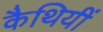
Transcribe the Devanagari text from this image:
कैथियीं